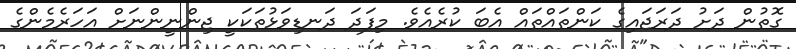
ގޮތުން ދަށު ދަރަޖައިގެ ކަންތައްތައް އެބަ ކުރެއެވެ. މިފަދަ ދަނޑިވަޅުތަކަކީ ޖިންނީންނަށް އަހަރެމެންގެ